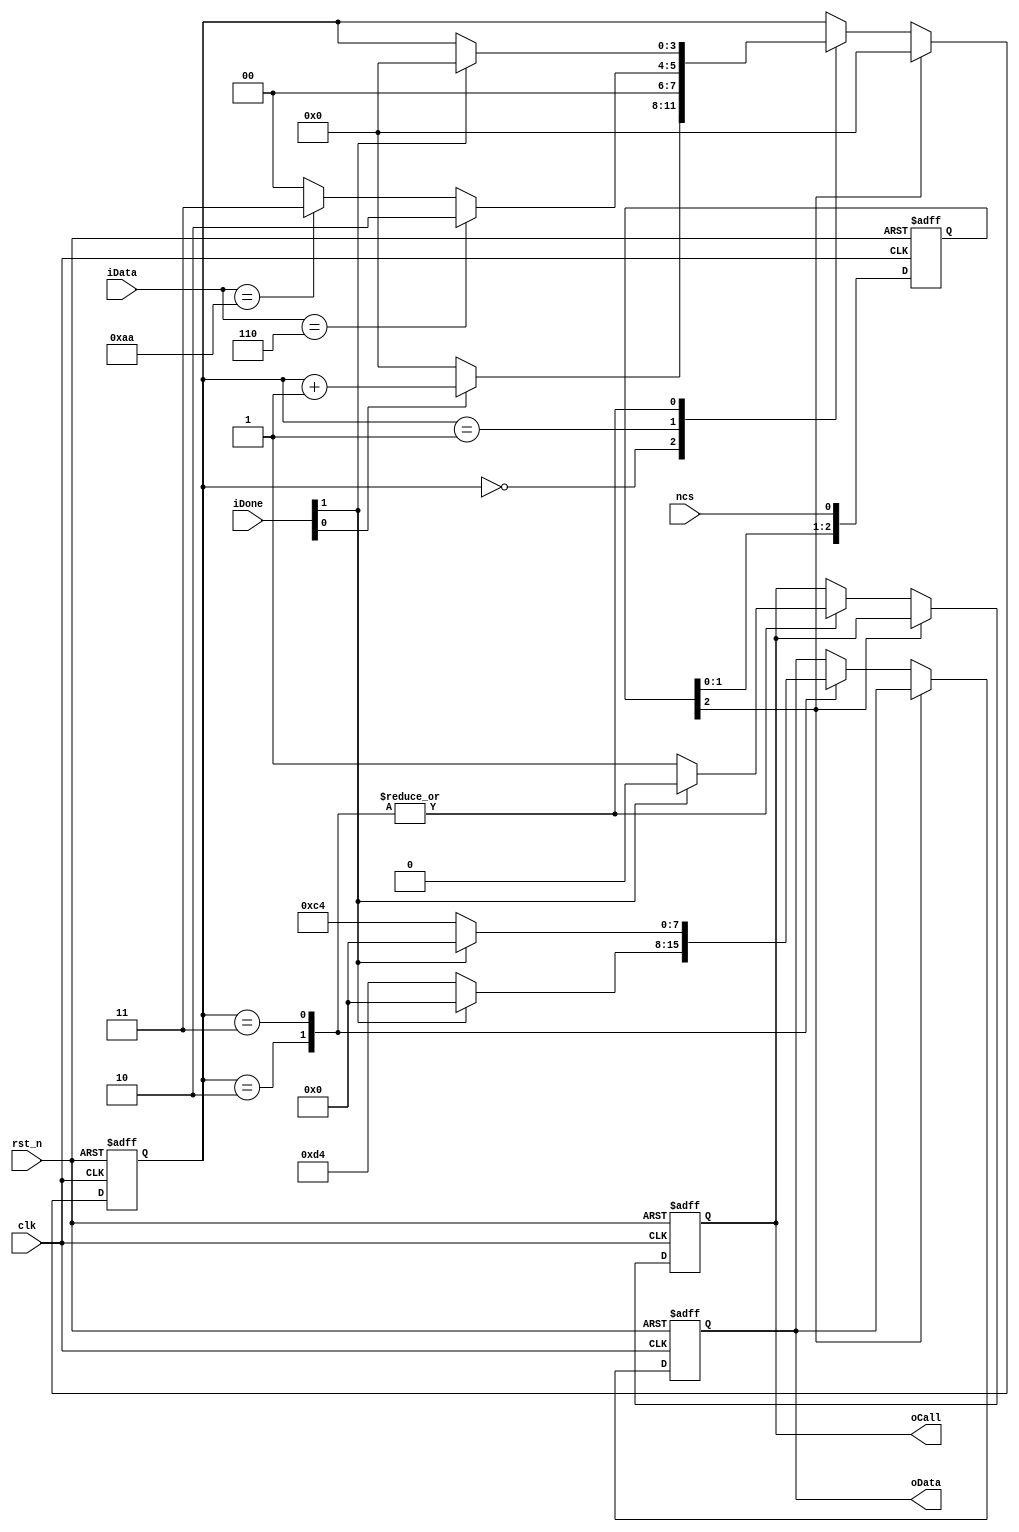
module spi_control_module(
   input clk,
   input rst_n,
	input ncs, //spi ncs
	input [1:0] iDone,//iDone[0]1 iDone[1]1
	input [7:0] iData,//spi
	output reg oCall,
	output reg [7:0] oData //spi
);

//************************
reg [2:0] ncs_r;
always @(posedge clk or negedge rst_n) begin
   if(!rst_n)
		ncs_r <= 3'b000;
   else
		ncs_r <= {ncs_r[1:0], ncs};
end
wire ncs_t = ncs_r[2];


//************************
reg [3:0] i;

always @(posedge clk or negedge rst_n) begin
   if(!rst_n)
		begin
			i <= 4'd0;
			oCall <= 1'b0;
			oData <= 8'd0;
		end
   else
		if(!ncs_t)
			case(i)
				0:
					if(iDone[0])
						i <= i + 1'b1;
					else
						i <= 4'd0;
				1: //spi1
					if(iData == 8'h06)//0x06
						begin
							i <= 4'd2;
						end
					else if(iData == 8'haa)
						begin
							i <= 4'd3;
						end				
					else
						i <= 4'd0;
				2:
					if(iDone[1])
						begin
							oCall <= 1'b0;
							i <= 4'd0;
							oData <= 8'd0;
						end
					else
						begin
							oData <= 8'hd4;
							oCall <= 1'b1;
						end
				3:
					if(iDone[1])
						begin
							oCall <= 1'b0;
							i <= 4'd0;
							oData <= 8'd0;
						end
					else
						begin
							oData <= 8'hc4;
							oCall <= 1'b1;
						end				
			endcase
		else
			i <= 4'd0;//cs 
end

endmodule